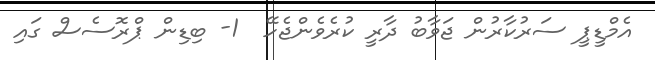
އެމްޑީޕީ ސަރުކާރުން ޖަވާބު ދާރީ ކުރެވެންޖެހޭ  1- ބިޑިން ޕްރޮސެސް ގައި